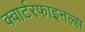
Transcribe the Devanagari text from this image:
क्वार्टरफाइनल्स